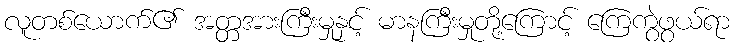
လူတစ်ယောက်၏ အတ္တအားကြီးမှုနှင့် မာနကြီးမှုတို့ကြောင့် ကြေကွဲဖွယ်ရာ